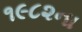
૧૯૮૨ના